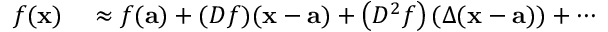
\begin{array} { r l } { f ( \mathbf { x } ) } & { { } \approx f ( \mathbf { a } ) + ( D f ) ( \mathbf { x - a } ) + \left( D ^ { 2 } f \right) ( \Delta ( \mathbf { x - a } ) ) + \cdots } \end{array}